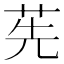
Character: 𦭶